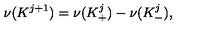
\nu ( { K ^ { j + 1 } } ) = \nu ( { K _ { + } ^ { j } } ) - \nu ( { K _ { - } ^ { j } } ) ,